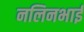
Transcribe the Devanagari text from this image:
नलिनभाई